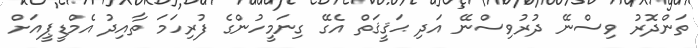
ތަންދޮރު ވިސްނޭ ދުރުވިސްނޭ އަދި ޙަޤީޤަތް އެގޭ ގިނަމީހުންގެ ފުރިހަމަ ތާއިދު އެމްޑީޕީއަށް